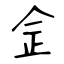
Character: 佱